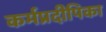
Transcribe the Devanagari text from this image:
कर्मप्रदीपिका